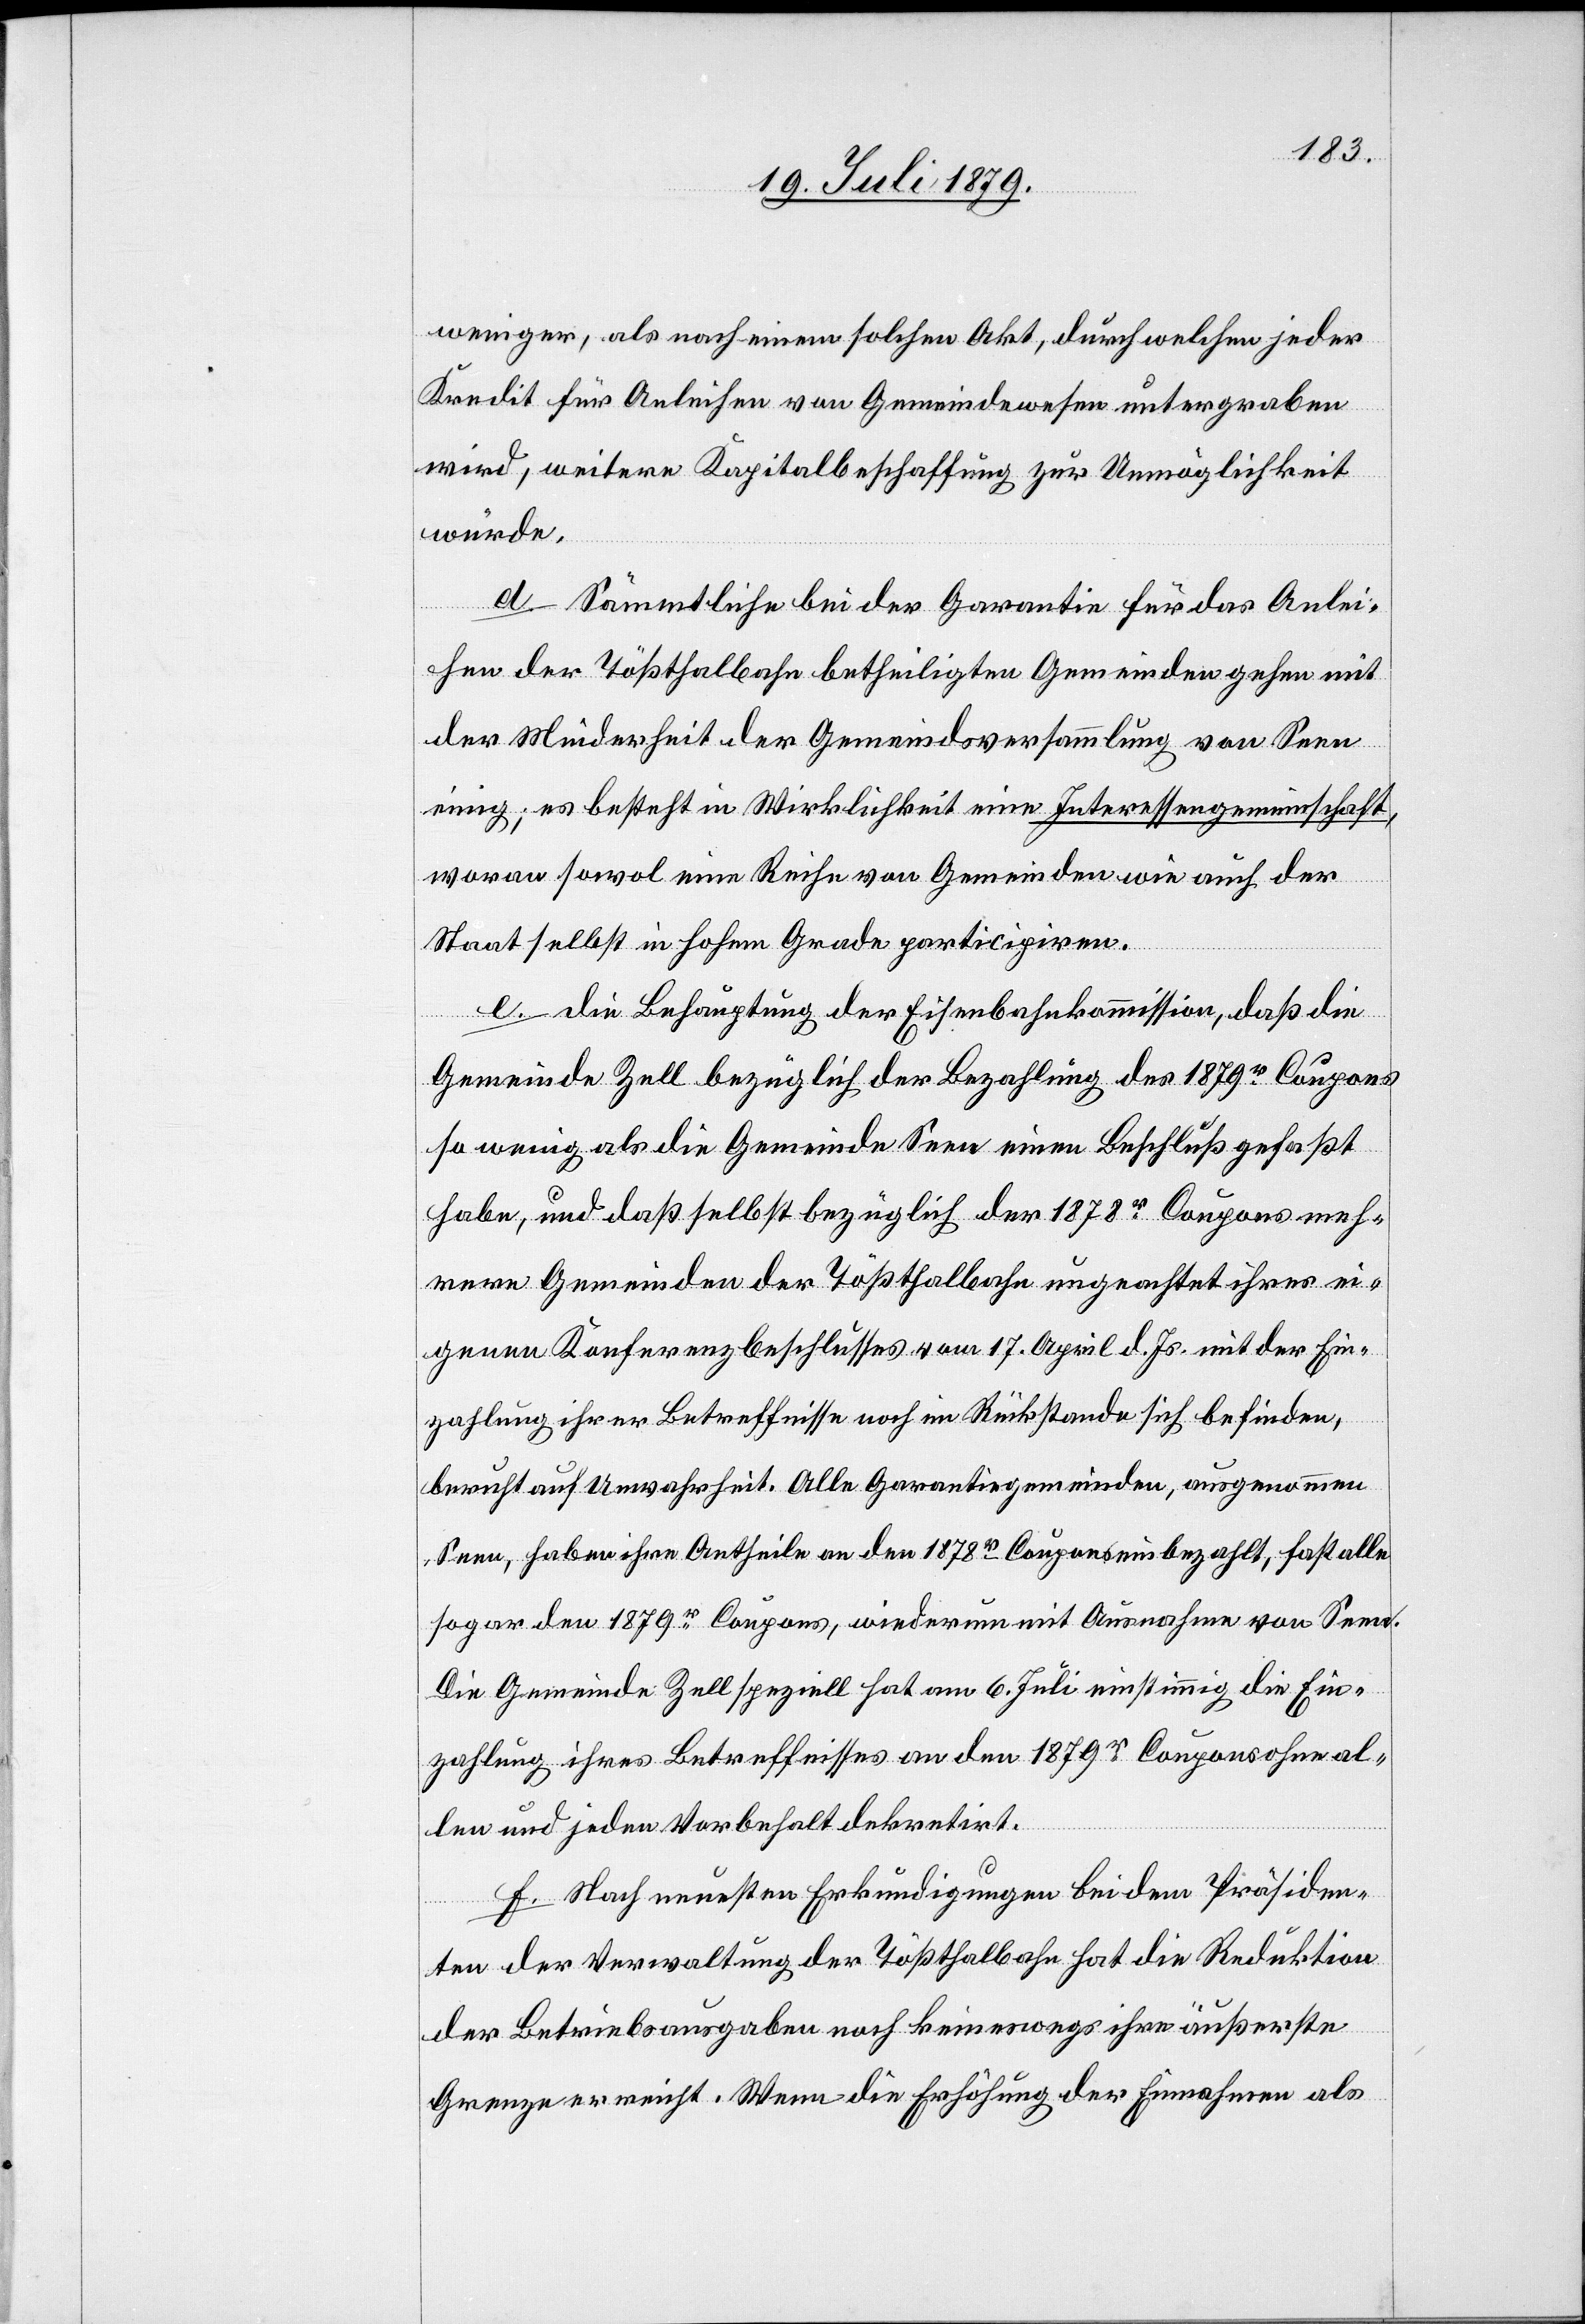
weniger, als nach einem solchen Akt, durch welchen jeder
Kredit für Anleihen von Gemeindewesen untergraben
wird, weitere Kapitalbeschaffung zur Unmöglichkeit
würde.
d. Sämmtliche bei der Garantie für das Anlei¬
hen der Tößthalbahn betheiligten Gemeinden gehen mit
der Minderheit der Gemeindsversammlung von Seen
einig; es besteht in Wirklichkeit eine Interessengemeinschaft,
woran sowol eine Reihe von Gemeinden wie auch der
Staat selbst in hohem Grade participiren.
e. Die Behauptung der Eisenbahnkommission, daß die
Gemeinde Zell bezüglich der Bezahlung des 1879r Coupons
so wenig als die Gemeinde Seen einen Beschluß gefaßt
habe, und daß selbst bezüglich der 1878r Coupons meh¬
rere Gemeinden der Tößthalbahn ungeachtet ihres ei¬
genen Konferenzbeschlusses vom 17. April d. Js. mit der Ein¬
zahlung ihrer Betreffnisse noch im Rückstande sich befinden,
beruht auf Unwahrheit. Alle Garantiegemeinden, ausgenommen
Seen, haben ihre Antheile an den 1818r Coupons einbezahlt, fast alle
sogar den 1879r Coupons, wiederum mit Ausnahme von Seen.
Die Gemeinde Zell speziell hat am 6. Juli einstimmig die Ein¬
zahlung ihres Betreffnisses an den 1879r Coupons ohne al¬
len und jeden Vorbehalt dekretirt.
f. Nach neuesten Erkundigungen bei dem Präsiden¬
ten der Verwaltung der Tößthalbahn hat die Reduktion
der Betriebsausgaben noch keineswegs ihre äußerste
Grenze erreicht. Wenn die Erhöhung der Einnahmen als